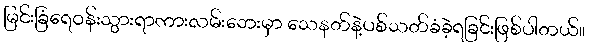
မြင်းခြံရေဝန်းသွားရာကားလမ်းဘေးမှာ သေနတ်နဲ့ပစ်သတ်ခံခဲ့ရခြင်းဖြစ်ပါတယ်။